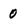
Character: 0